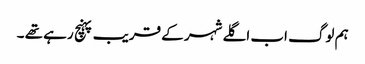
ہم لوگ اب اگلے شہر کے قریب پہنچ رہے تھے ۔